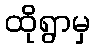
ထိုရွာမှ